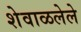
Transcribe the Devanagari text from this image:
शेवाळलेले